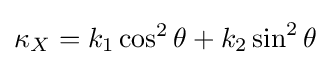
\kappa _{X}=k_{1}\cos ^{2}\theta +k_{2}\sin ^{2}\theta